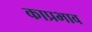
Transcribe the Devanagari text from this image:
काप्रभाव